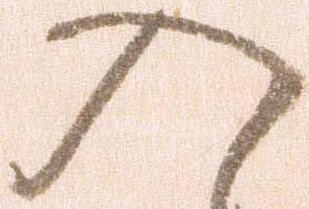
入